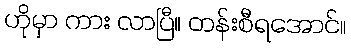
ဟိုမှာ ကား လာပြီ။ တန်းစီရအောင်။